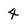
Character: 4